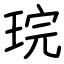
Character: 琓